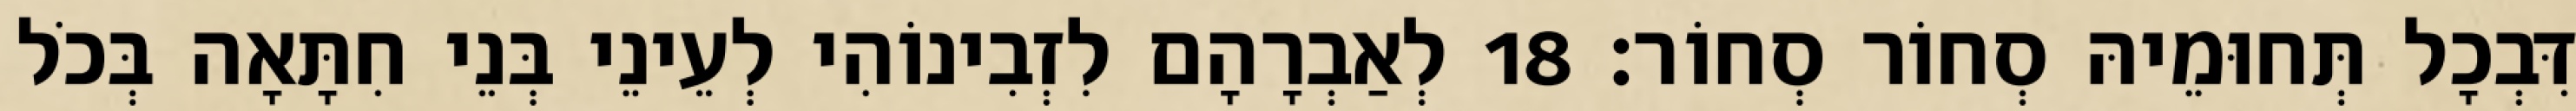
דִּבְכָל תְּחוּמֵיהּ סְחוֹר סְחוֹר׃ 18 לְאַבְרָהָם לִזְבִינוֹהִי לְעֵינֵי בְּנֵי חִתָּאָה בְּכֹל